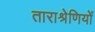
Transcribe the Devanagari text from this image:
ताराश्रेणियों